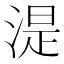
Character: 湜